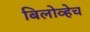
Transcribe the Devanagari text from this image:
बिलोव्हेच